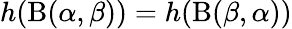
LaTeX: h(\mathrm{B}(\alpha,\beta))=h(\mathrm{B}(\beta,\alpha))